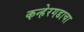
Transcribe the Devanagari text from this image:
कन्हेरगडाचा